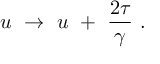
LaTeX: u ~ \to ~ u ~ + ~ { \frac { 2 \tau } { \gamma } } \ .